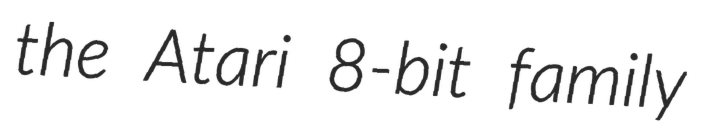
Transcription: the Atari 8-bit family